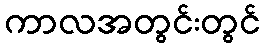
ကာလအတွင်းတွင်